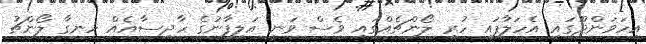
އިހަވަންދޫގައި އެހަލާފައި ހުރި ލޯންޗެއްގައި ވެސް ވަނީ އަލިފާނުގެ ހާދިސާއެއް ހިނގާ ލޯންޗު